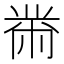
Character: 黹